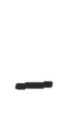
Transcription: -